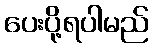
ပေးပို့ရပါမည်